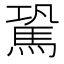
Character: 𩢽